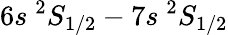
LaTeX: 6s~^{2}S_{1/2}-7s~^{2}S_{1/2}